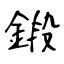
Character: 鍛